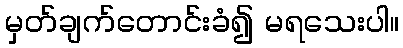
မှတ်ချက်တောင်းခံ၍ မရသေးပါ။